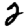
Digit: 2